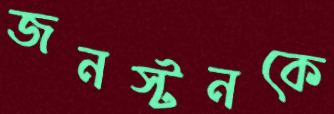
জনস্টনকে